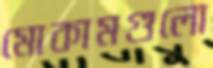
মোকামগুলো